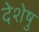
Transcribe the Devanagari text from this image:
देशेषु